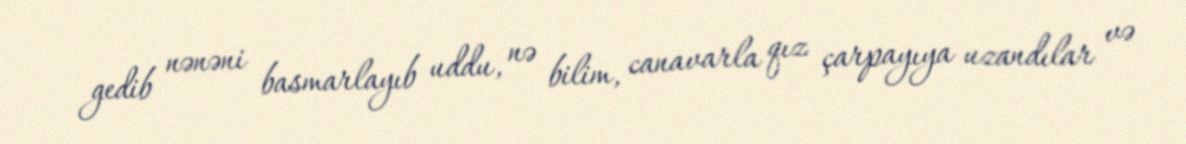
gedib nənəni basmarlayıb uddu, nə bilim, canavarla qız çarpayıya uzandılar və